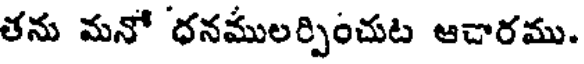
తను మనో ధనములర్పించుట ఆచారము.